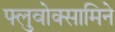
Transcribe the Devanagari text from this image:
फ्लुवोक्सामिने